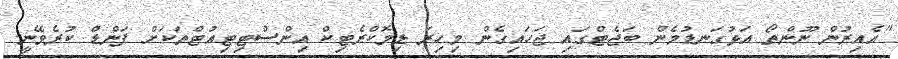
"އެއިރުން ނޫންތޯ އަޅުގަނޑުމެން ބަޖެޓްގައި ޖަހައިގެން މިހިރަ ޑިމޮކްރެޓިކް އިންސްޓިޓިއުޓްތަކަށް ފަންޑް ކުރެވޭނީ.